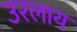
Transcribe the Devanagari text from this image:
उरलाय